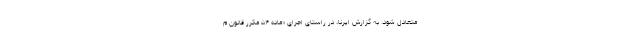
متعادل شود. به گزارش ایرنا، در راستای اجرای «ماده ۵۴ مکرر قانون م